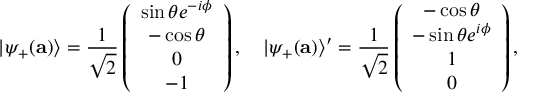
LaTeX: | \psi _ { + } ( { \bf a } ) \rangle = \frac { 1 } { \sqrt { 2 } } \left( \begin{array} { c } { { \sin \theta e ^ { - i \phi } } } \\ { { - \cos \theta } } \\ { { 0 } } \\ { { - 1 } } \end{array} \right) , ~ ~ ~ | \psi _ { + } ( { \bf a } ) \rangle ^ { \prime } = \frac { 1 } { \sqrt { 2 } } \left( \begin{array} { c } { { - \cos \theta } } \\ { { - \sin \theta e ^ { i \phi } } } \\ { { 1 } } \\ { { 0 } } \end{array} \right) ,